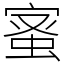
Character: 𮔉